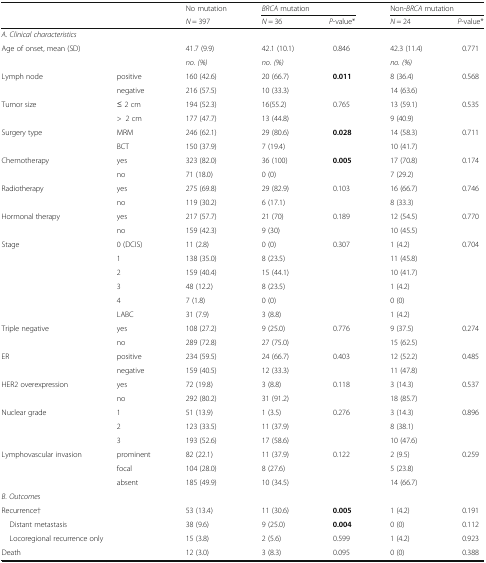
<table><thead><tr><td rowspan="2" colspan="2"></td><td><b>No mutation</b></td><td colspan="2"><b><i>BRCA</i> mutation</b></td><td colspan="2"><b>Non-<i>BRCA</i> mutation</b></td></tr><tr><td><b><i>N</i> = 397</b></td><td><b><i>N</i> = 36</b></td><td><b><i>P</i>-value*</b></td><td><b><i>N</i> = 24</b></td><td><b><i>P</i>-value*</b></td></tr></thead><tbody><tr><td colspan="7"><i>A. Clinical characteristics</i></td></tr><tr><td>Age of onset, mean (SD)</td><td></td><td>41.7 (9.9)</td><td>42.1 (10.1)</td><td>0.846</td><td>42.3 (11.4)</td><td>0.771</td></tr><tr><td></td><td></td><td><i>no. (%)</i></td><td><i>no. (%)</i></td><td></td><td><i>no. (%)</i></td><td></td></tr><tr><td rowspan="2">Lymph node</td><td>positive</td><td>160 (42.6)</td><td>20 (66.7)</td><td><b>0.011</b></td><td>8 (36.4)</td><td>0.568</td></tr><tr><td>negative</td><td>216 (57.5)</td><td>10 (33.3)</td><td></td><td>14 (63.6)</td><td></td></tr><tr><td rowspan="2">Tumor size</td><td>≤ 2 cm</td><td>194 (52.3)</td><td>16(55.2)</td><td>0.765</td><td>13 (59.1)</td><td>0.535</td></tr><tr><td>&gt;2 cm</td><td>177 (47.7)</td><td>13 (44.8)</td><td></td><td>9 (40.9)</td><td></td></tr><tr><td rowspan="2">Surgery type</td><td>MRM</td><td>246 (62.1)</td><td>29 (80.6)</td><td><b>0.028</b></td><td>14 (58.3)</td><td>0.711</td></tr><tr><td>BCT</td><td>150 (37.9)</td><td>7 (19.4)</td><td></td><td>10 (41.7)</td><td></td></tr><tr><td rowspan="2">Chemotherapy</td><td>yes</td><td>323 (82.0)</td><td>36 (100)</td><td><b>0.005</b></td><td>17 (70.8)</td><td>0.174</td></tr><tr><td>no</td><td>71 (18.0)</td><td>0 (0)</td><td></td><td>7 (29.2)</td><td></td></tr><tr><td rowspan="2">Radiotherapy</td><td>yes</td><td>275 (69.8)</td><td>29 (82.9)</td><td>0.103</td><td>16 (66.7)</td><td>0.746</td></tr><tr><td>no</td><td>119 (30.2)</td><td>6 (17.1)</td><td></td><td>8 (33.3)</td><td></td></tr><tr><td rowspan="2">Hormonal therapy</td><td>yes</td><td>217 (57.7)</td><td>21 (70)</td><td>0.189</td><td>12 (54.5)</td><td>0.770</td></tr><tr><td>no</td><td>159 (42.3)</td><td>9 (30)</td><td></td><td>10 (45.5)</td><td></td></tr><tr><td rowspan="6">Stage</td><td>0 (DCIS)</td><td>11 (2.8)</td><td>0 (0)</td><td>0.307</td><td>1 (4.2)</td><td>0.704</td></tr><tr><td>1</td><td>138 (35.0)</td><td>8 (23.5)</td><td></td><td>11 (45.8)</td><td></td></tr><tr><td>2</td><td>159 (40.4)</td><td>15 (44.1)</td><td></td><td>10 (41.7)</td><td></td></tr><tr><td>3</td><td>48 (12.2)</td><td>8 (23.5)</td><td></td><td>1 (4.2)</td><td></td></tr><tr><td>4</td><td>7 (1.8)</td><td>0 (0)</td><td></td><td>0 (0)</td><td></td></tr><tr><td>LABC</td><td>31 (7.9)</td><td>3 (8.8)</td><td></td><td>1 (4.2)</td><td></td></tr><tr><td rowspan="2">Triple negative</td><td>yes</td><td>108 (27.2)</td><td>9 (25.0)</td><td>0.776</td><td>9 (37.5)</td><td>0.274</td></tr><tr><td>no</td><td>289 (72.8)</td><td>27 (75.0)</td><td></td><td>15 (62.5)</td><td></td></tr><tr><td rowspan="2">ER</td><td>positive</td><td>234 (59.5)</td><td>24 (66.7)</td><td>0.403</td><td>12 (52.2)</td><td>0.485</td></tr><tr><td>negative</td><td>159 (40.5)</td><td>12 (33.3)</td><td></td><td>11 (47.8)</td><td></td></tr><tr><td rowspan="2">HER2 overexpression</td><td>yes</td><td>72 (19.8)</td><td>3 (8.8)</td><td>0.118</td><td>3 (14.3)</td><td>0.537</td></tr><tr><td>no</td><td>292 (80.2)</td><td>31 (91.2)</td><td></td><td>18 (85.7)</td><td></td></tr><tr><td rowspan="3">Nuclear grade</td><td>1</td><td>51 (13.9)</td><td>1 (3.5)</td><td>0.276</td><td>3 (14.3)</td><td>0.896</td></tr><tr><td>2</td><td>123 (33.5)</td><td>11 (37.9)</td><td></td><td>8 (38.1)</td><td></td></tr><tr><td>3</td><td>193 (52.6)</td><td>17 (58.6)</td><td></td><td>10 (47.6)</td><td></td></tr><tr><td rowspan="3">Lymphovascular invasion</td><td>prominent</td><td>82 (22.1)</td><td>11 (37.9)</td><td>0.122</td><td>2 (9.5)</td><td>0.259</td></tr><tr><td>focal</td><td>104 (28.0)</td><td>8 (27.6)</td><td></td><td>5 (23.8)</td><td></td></tr><tr><td>absent</td><td>185 (49.9)</td><td>10 (34.5)</td><td></td><td>14 (66.7)</td><td></td></tr><tr><td colspan="7"><i>B. Outcomes</i></td></tr><tr><td colspan="2">Recurrence†</td><td>53 (13.4)</td><td>11 (30.6)</td><td><b>0.005</b></td><td>1 (4.2)</td><td>0.191</td></tr><tr><td colspan="2"> Distant metastasis</td><td>38 (9.6)</td><td>9 (25.0)</td><td><b>0.004</b></td><td>0 (0)</td><td>0.112</td></tr><tr><td colspan="2"> Locoregional recurrence only</td><td>15 (3.8)</td><td>2 (5.6)</td><td>0.599</td><td>1 (4.2)</td><td>0.923</td></tr><tr><td colspan="2">Death</td><td>12 (3.0)</td><td>3 (8.3)</td><td>0.095</td><td>0 (0)</td><td>0.388</td></tr></tbody></table>